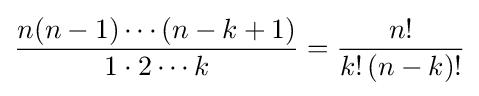
{\frac {n(n-1)\cdots (n-k+1)}{1\cdot 2\cdots k}}={\frac {n!}{k!\,(n-k)!}}